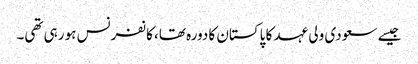
جیسے سعودی ولی عہد کا پاکستان کا دورہ تھا، کانفرنس ہو رہی تھی۔